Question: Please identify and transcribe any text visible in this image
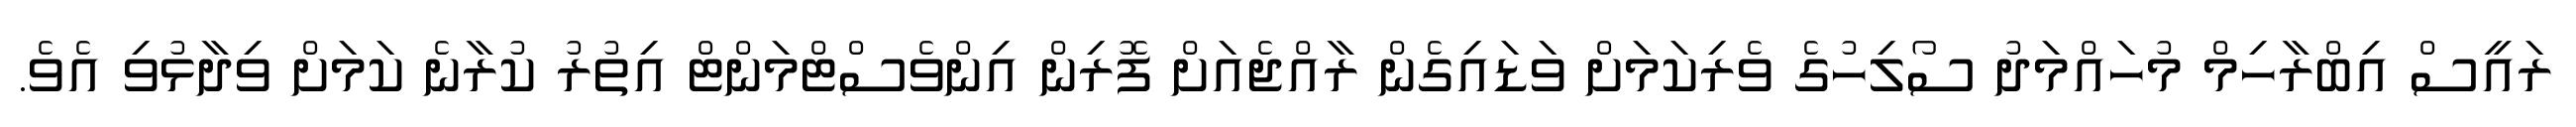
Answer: ރައީސް އިބްރާހިމް މުހައްމަދު ސޯލިހުގެ ވެރިކަމަށް ވަޑައިގެން ރާއްޖެއަށް ފޮރިން އިންވެސްޓްމަންޓް އިތުރު ކުރާނެ ކަމަށް ވިދާޅުވި އެވެ.